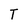
Character: T